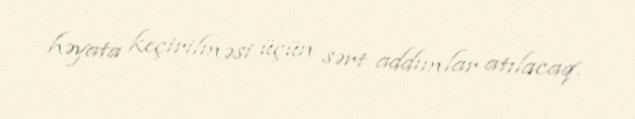
həyata keçirilməsi üçün sərt addımlar atılacaq.